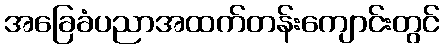
အခြေခံပညာအထက်တန်းကျောင်းတွင်